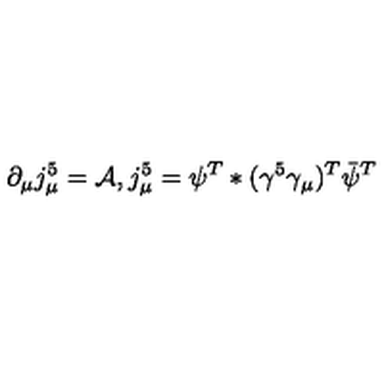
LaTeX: \partial _ { \mu } j _ { \mu } ^ { 5 } = { \cal A } , j _ { \mu } ^ { 5 } = \psi ^ { T } * ( \gamma ^ { 5 } \gamma _ { \mu } ) ^ { T } { \bar { \psi } } ^ { T }